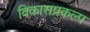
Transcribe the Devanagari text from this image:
विकासप्रकल्प